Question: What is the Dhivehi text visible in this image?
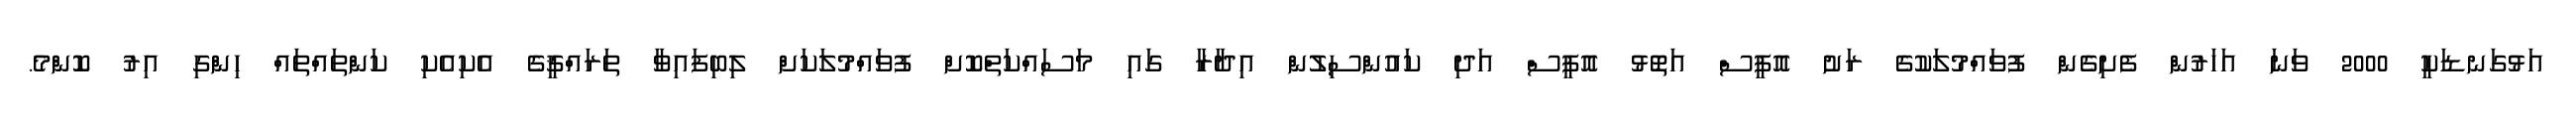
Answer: އަޅުގަނޑަކީ 2000 ވަނަ އަހަރުން ފެށިގެން ފުވައްމުލަކުގެ ރަށު އޮފީސް އަތޮޅު އޮފީސް އަދި ކައުންސިލުން އިދާރާ ގައި މަސައްކަތްކޮށް ފުވައްމުލަކަށް ލިބިފައިވާ ތަރައްޤީގެ އެކިއެކި ކަންތައްތައް ހިންގި އިރު ކޮންމެ.